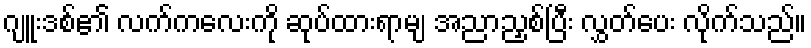
ဂျူးဒစ်၏ လက်ကလေးကို ဆုပ်ထားရာမျ အညာညှစ်ပြီး လွှတ်ပေး လိုက်သည်။